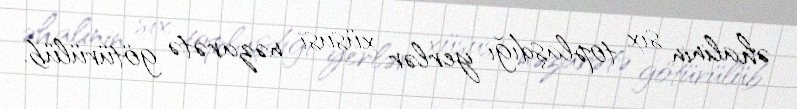
əhalinin sıx toplaşdığı yerlər xüsusi nəzarətə götürülüb.